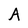
Character: A